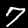
Label: 7